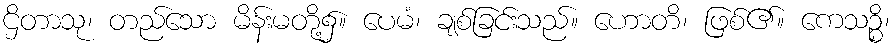
ဌိတာသု၊ တည်သော မိန်းမတို့၌။ ပေမံ၊ ချစ်ခြင်းသည်။ ဟောတိ၊ ဖြစ်၏။ ကေသဉ္စိ၊